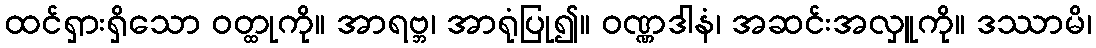
ထင်ရှားရှိသော ဝတ္ထုကို။ အာရဗ္ဘ၊ အာရုံပြု၍။ ဝဏ္ဏဒါနံ၊ အဆင်းအလှူကို။ ဒဿာမိ၊